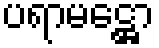
ပရာမဋ္ဌော